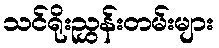
သင်ရိုးညွှန်းတမ်းများ